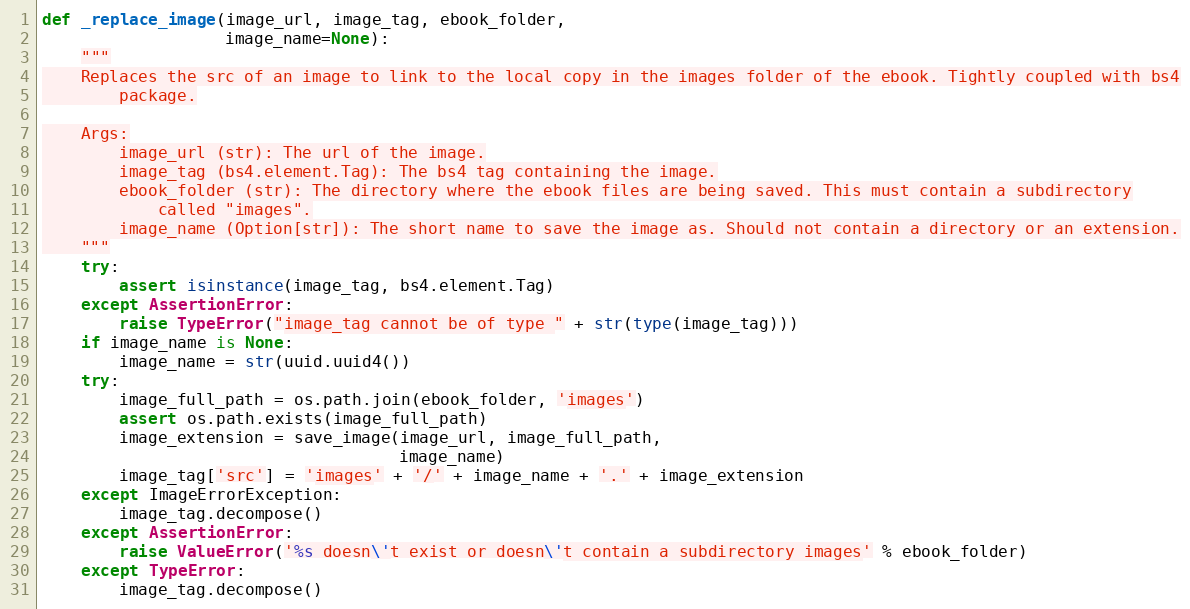
Language: Python
def _replace_image(image_url, image_tag, ebook_folder,
                   image_name=None):
    """
    Replaces the src of an image to link to the local copy in the images folder of the ebook. Tightly coupled with bs4
        package.

    Args:
        image_url (str): The url of the image.
        image_tag (bs4.element.Tag): The bs4 tag containing the image.
        ebook_folder (str): The directory where the ebook files are being saved. This must contain a subdirectory
            called "images".
        image_name (Option[str]): The short name to save the image as. Should not contain a directory or an extension.
    """
    try:
        assert isinstance(image_tag, bs4.element.Tag)
    except AssertionError:
        raise TypeError("image_tag cannot be of type " + str(type(image_tag)))
    if image_name is None:
        image_name = str(uuid.uuid4())
    try:
        image_full_path = os.path.join(ebook_folder, 'images')
        assert os.path.exists(image_full_path)
        image_extension = save_image(image_url, image_full_path,
                                     image_name)
        image_tag['src'] = 'images' + '/' + image_name + '.' + image_extension
    except ImageErrorException:
        image_tag.decompose()
    except AssertionError:
        raise ValueError('%s doesn\'t exist or doesn\'t contain a subdirectory images' % ebook_folder)
    except TypeError:
        image_tag.decompose()